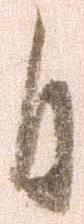
日